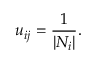
u _ { i j } = \frac { 1 } { | N _ { i } | } .